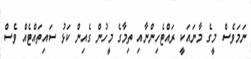
ނަމަވެސް މީގެ މާނައަކީ ރައްޓެހިންނާއި ތިމާގެ މީހުން ގެއިން ކަޅު ސައިތައްޓެއް ވެސް